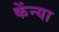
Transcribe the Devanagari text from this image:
केंन्या